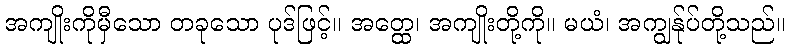
အကျိုးကိုမှီသော တခုသော ပုဒ်ဖြင့်။ အတ္ထေ၊ အကျိုးတို့ကို။ မယံ၊ အကျွန်ုပ်တို့သည်။